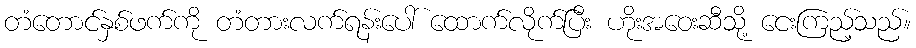
တံတောင်နှစ်ဖက်ကို တံတားလက်ရန်းပေါ် ထောက်လိုက်ပြီး ဟိုးအဝေးဆီသို့ ငေးကြည့်သည်။